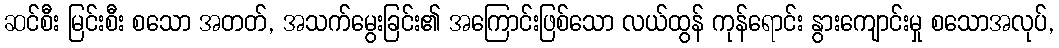
ဆင်စီး မြင်းစီး စသော အတတ်, အသက်မွေးခြင်း၏ အကြောင်းဖြစ်သော လယ်ထွန် ကုန်ရောင်း နွားကျောင်းမှု စသောအလုပ်,